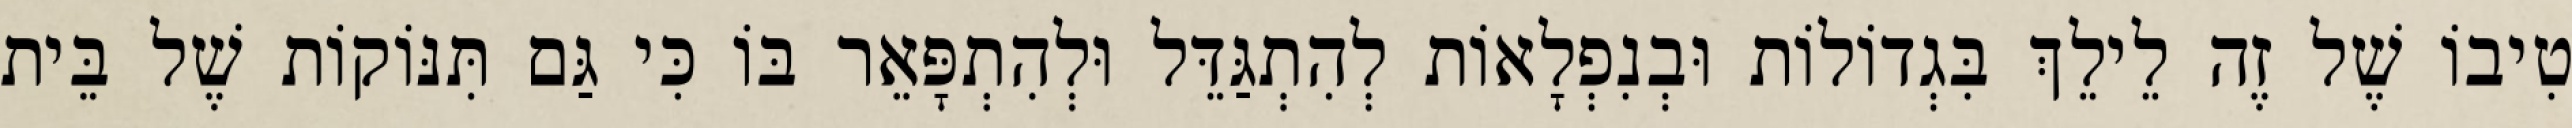
טִיבוֹ שֶׁל זֶה לֵילֵךְ בִּגְדוֹלוֹת וּבְנִפְלָאוֹת לְהִתְגַּדֵּל וּלְהִתְפָּאֵר בּוֹ כִּי גַּם תִּנּוֹקוֹת שֶׁל בֵּית